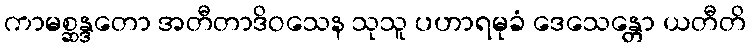
ကာမစ္ဆန္ဒတော အတီတာဒိဝသေန သုသူ ပဟာရမုခံ ဒေသေန္တော ယတီတိ